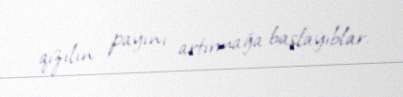
qızılın payını artırmağa başlayıblar.